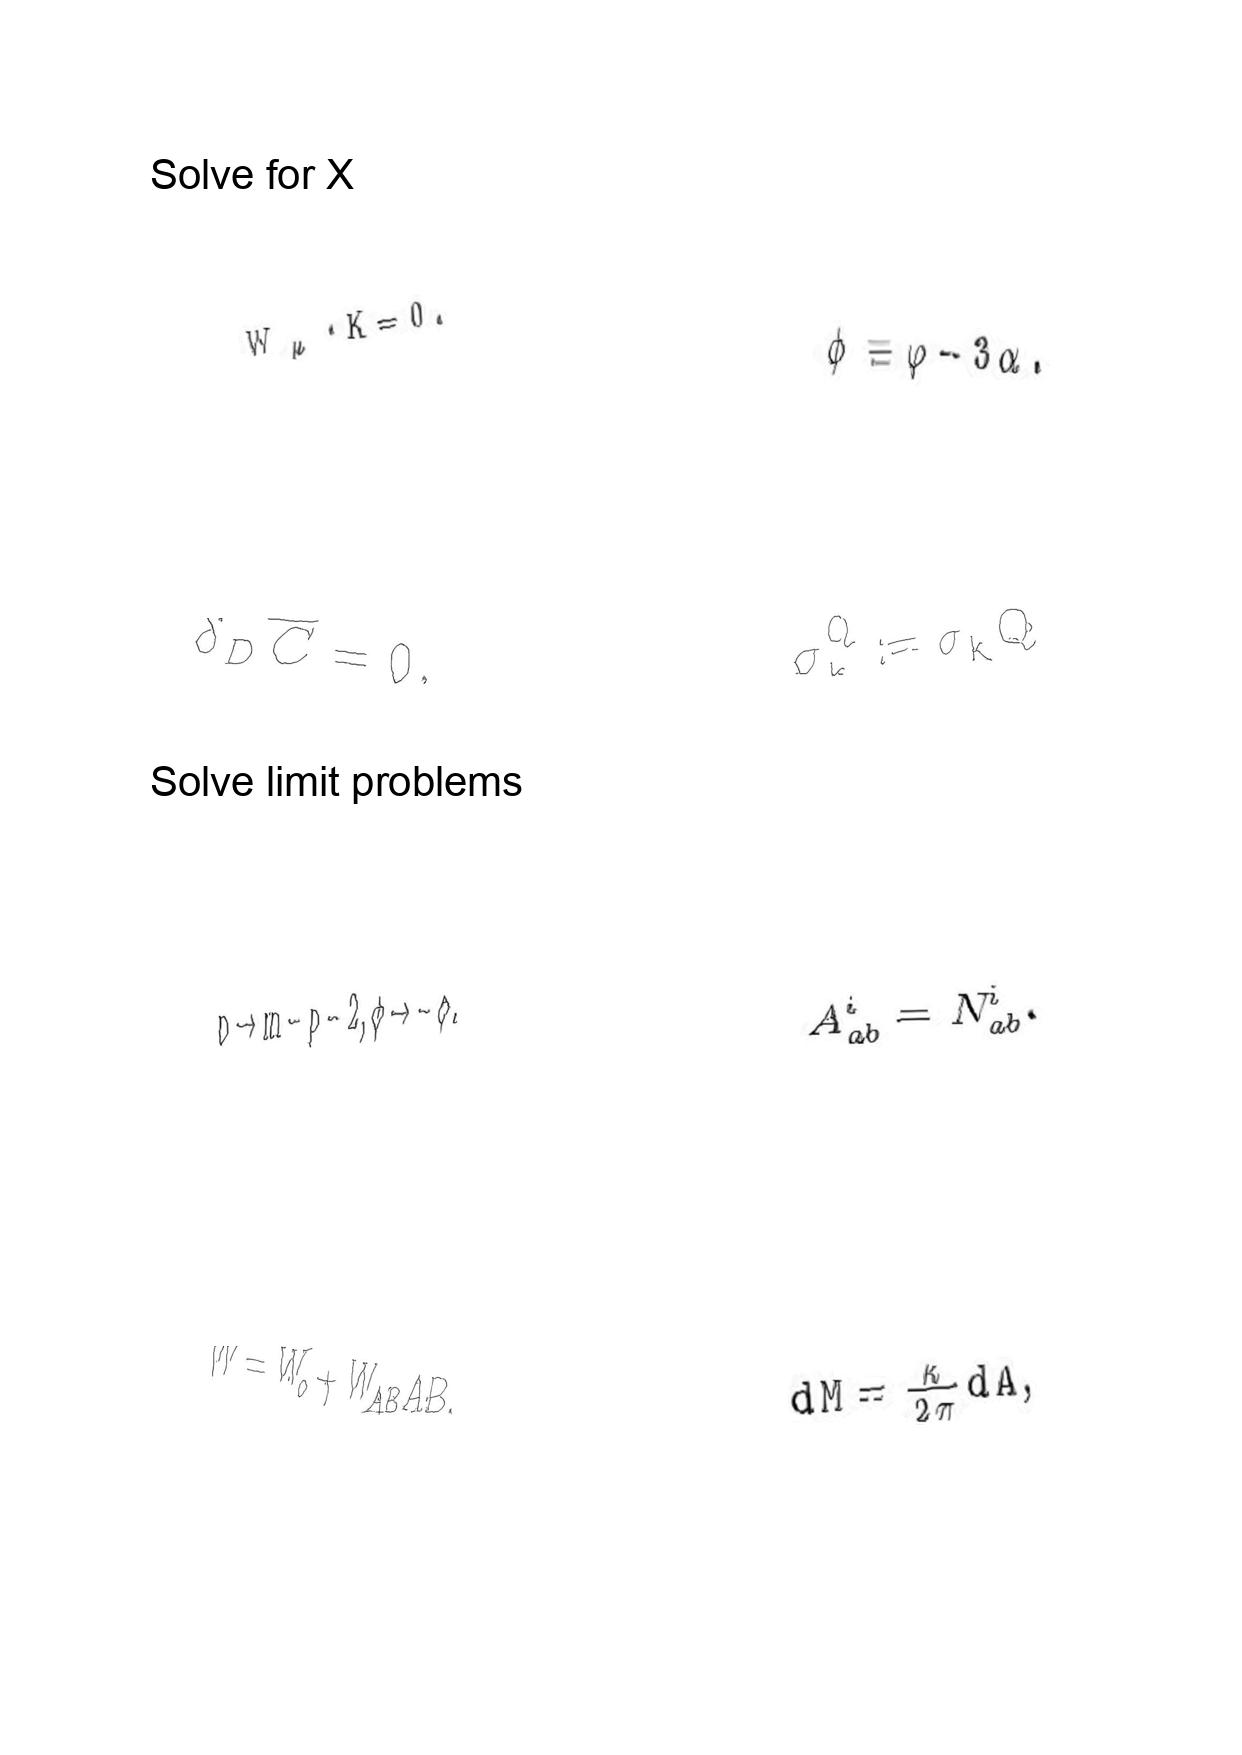
LaTeX transcription:
W _ { \mu } \cdot K = 0 .
\delta _ { D } \overline { C } = 0 ,
p \to m - p - 2 , \phi \to - \phi .
W = W _ { o } + W _ { A B } A B .
\bar { \phi } \equiv \varphi - 3 \alpha .
\sigma _ { k } ^ { Q } : = \sigma _ { k } Q
A _ { a b } ^ { i } = N _ { a b } ^ { i } .
d M = \frac { \kappa } { 2 \pi } d A ,